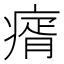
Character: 𤸀